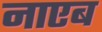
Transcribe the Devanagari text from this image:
नाएब